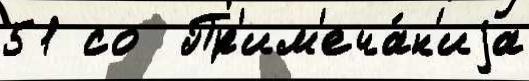
51 со  Пр'им'еча́н'иjа